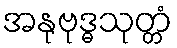
အနုဗုဒ္ဓသုတ္တံ